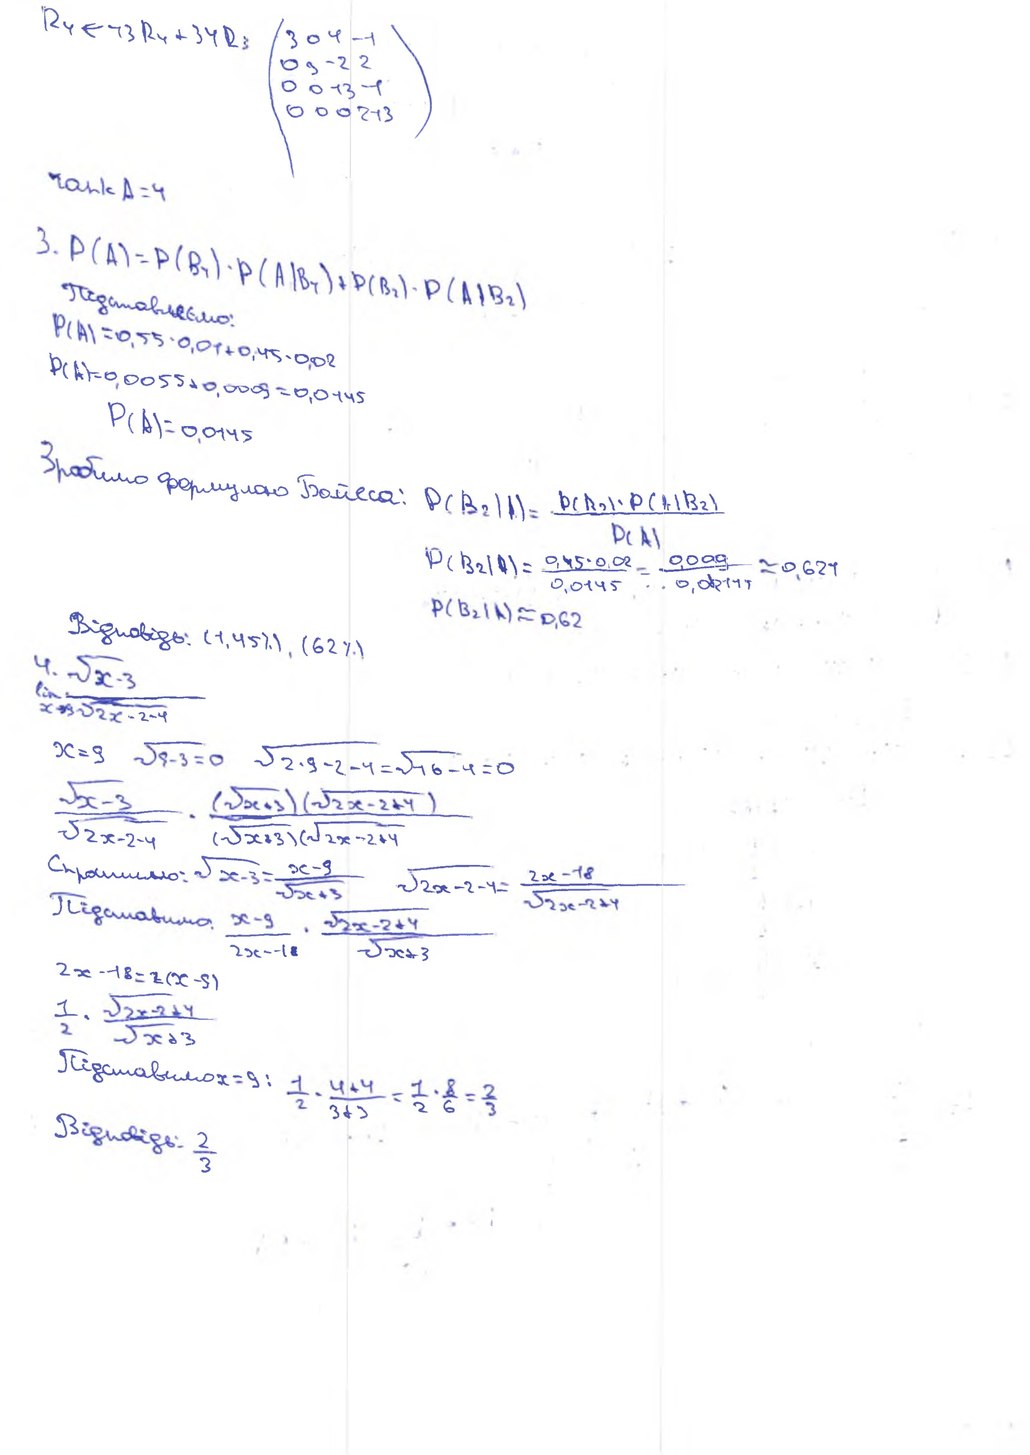
R4 <- 43 R4 + 34 R3
( 3 0 4 -1 \ 0 3 -2 2 \ 0 0 13 4 \ 0 0 0 213 )
rank A = 4
3. P(A) = P(B4) · P(A|B4) + P(B2) · P(A|B2)
Підставляємо:
P(A) = 0,55 * 0,01 + 0,45 * 0,02
P(A) = 0,0055 + 0,0009 = 0,0145
P(A) = 0,0145
Зробимо формулою Байеса:
P(B2|A) = (P(B2) · P(A|B2)) / P (A)
P(B2|A)= 0,45 · 0,02 / 0,0145 = 0,009 / 0,0~~0~~141≈ 0,624
P(B2|A) ≈ 0,62
Відповідь: (1,45%), (62%)
4. -\sqrt{x-3}
lim x-9 / sqrt(2x-2)-4
x=9 \sqrt{9}-3=0 \sqrt{2\cdot9-2}-4=\sqrt{16}-4=0
\frac{\sqrt{x}-3}{\sqrt{2x-2}-4} \cdot \frac{(\sqrt{x}+3)(\sqrt{2x-2}+4)}{(\sqrt{x}+3)(\sqrt{2x-2}+4)}
Спросимо: \sqrt{x - 3} = \frac{x - 9}{\sqrt{x + 3}} \sqrt{2x - 2 - 4} = \frac{2x - 18}{\sqrt{2x - 2 + 4}}
Підставимо: \frac{x-9}{2x-1} \cdot \frac{\sqrt{2x-2+4}}{\sqrt{x+3}}
2х * 18 = z (x - 9)
1/2 . sqrt(2x-2+4)/sqrt(x+3)
Підставимо x=9: 1/2 * (4+4)/(3+3) = 1/2 * 8/6 = 2/3
Відповідь: 2/3